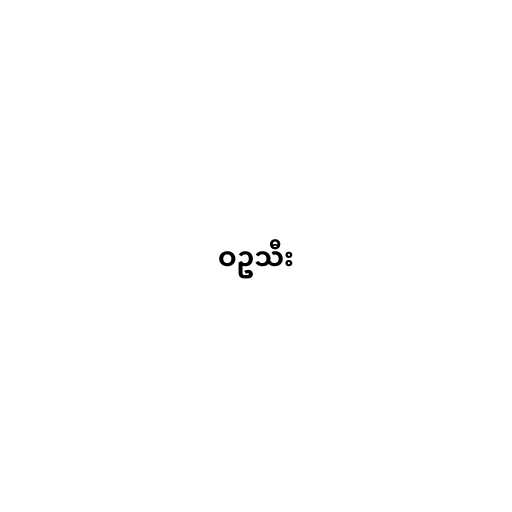
ဝဥသီး